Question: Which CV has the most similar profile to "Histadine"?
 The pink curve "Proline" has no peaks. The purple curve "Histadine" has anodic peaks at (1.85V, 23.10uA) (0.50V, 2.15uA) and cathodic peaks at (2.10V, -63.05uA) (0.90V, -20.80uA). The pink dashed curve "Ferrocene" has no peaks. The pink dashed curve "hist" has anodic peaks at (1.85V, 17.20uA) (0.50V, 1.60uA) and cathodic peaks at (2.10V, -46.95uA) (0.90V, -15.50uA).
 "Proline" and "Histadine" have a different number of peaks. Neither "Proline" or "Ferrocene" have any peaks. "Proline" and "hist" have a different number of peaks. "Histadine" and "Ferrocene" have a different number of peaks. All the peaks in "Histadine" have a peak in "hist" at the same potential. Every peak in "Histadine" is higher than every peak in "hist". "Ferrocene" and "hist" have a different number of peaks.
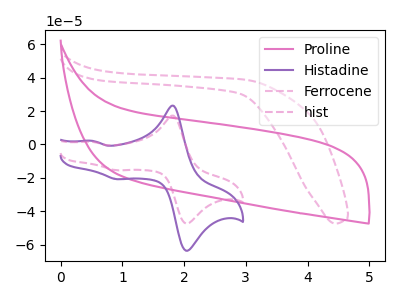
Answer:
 <answer>The CV with the most similar shape to "hist" is "Histadine".</answer>
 <eval>"Histadine"</eval>